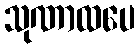
သုဏာထပေ